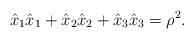
LaTeX: \begin{align*}\hat{x}_{1}\hat{x}_{1}+\hat{x}_{2}\hat{x}_{2}+\hat{x}_{3}\hat{x}_{3} =\rho^{2}.\end{align*}